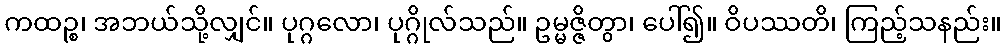
ကထဉ္စ၊ အဘယ်သို့လျှင်။ ပုဂ္ဂလော၊ ပုဂ္ဂိုလ်သည်။ ဥမ္မဇ္ဇိတွာ၊ ပေါ်၍။ ဝိပဿတိ၊ ကြည့်သနည်း။